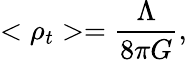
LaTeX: <\rho_{t}>=\frac{\Lambda}{8\pi G},